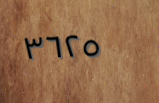
٣٦٢٥